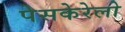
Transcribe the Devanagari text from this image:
पेसकेरेलो